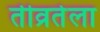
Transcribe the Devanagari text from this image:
तीव्रतेला